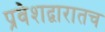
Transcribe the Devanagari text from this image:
प्रवेशद्वारातच